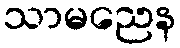
သာမညေန